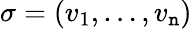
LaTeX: \sigma=(v_{1},\dots,v_{\mathtt{n}})